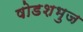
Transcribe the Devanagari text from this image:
षोडशभुज